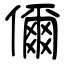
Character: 儞